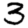
Digit: 3